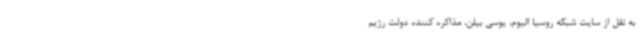
به نقل از سایت شبکه روسیا الیوم، یوسی بیلن، مذاکره کننده دولت رژیم